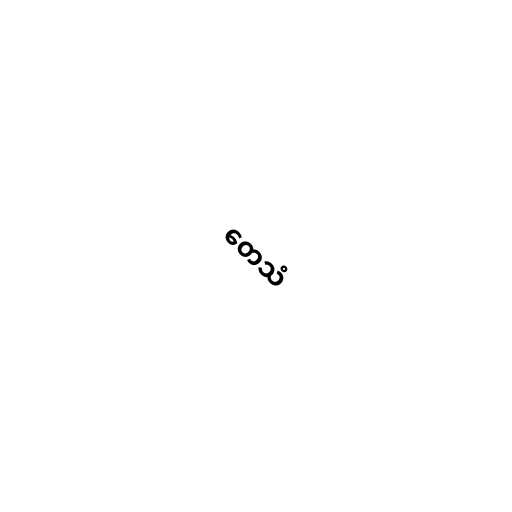
တေသံ